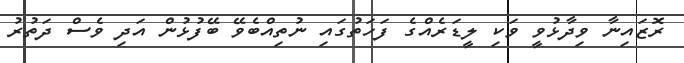
ރޮޒައިނާ ވިދާޅުވީ ވަކި ލީޑަރެއްގެ ފަހަތުގައި ނުތިއްބެވޭ ބޭފުޅުން އަދި ވެސް ދަތުރު